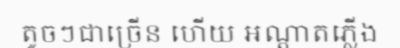
តូចៗជាច្រើន ហើយ អណ្តាតភ្លើង